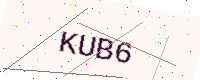
Text: KUB6